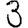
Digit: 3